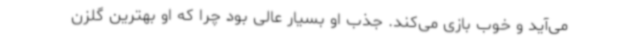
می‌آید و خوب بازی می‌کند. جذب او بسیار عالی بود چرا که او بهترین گلزن